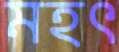
মহৎ